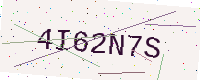
Text: 4I62N7S